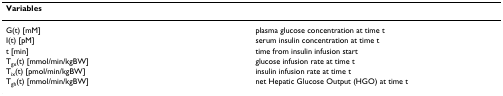
<table><thead><tr><td><b>Variables</b></td><td></td></tr></thead><tbody><tr><td>G(t) [mM]</td><td>plasma glucose concentration at time t</td></tr><tr><td>I(t) [pM]</td><td>serum insulin concentration at time t</td></tr><tr><td>t [min]</td><td>time from insulin infusion start</td></tr><tr><td>T<sub>gx</sub>(t) [mmol/min/kgBW]</td><td>glucose infusion rate at time t</td></tr><tr><td>T<sub>ix</sub>(t) [pmol/min/kgBW]</td><td>insulin infusion rate at time t</td></tr><tr><td>T<sub>gh</sub>(t) [mmol/min/kgBW]</td><td>net Hepatic Glucose Output (HGO) at time t</td></tr></tbody></table>